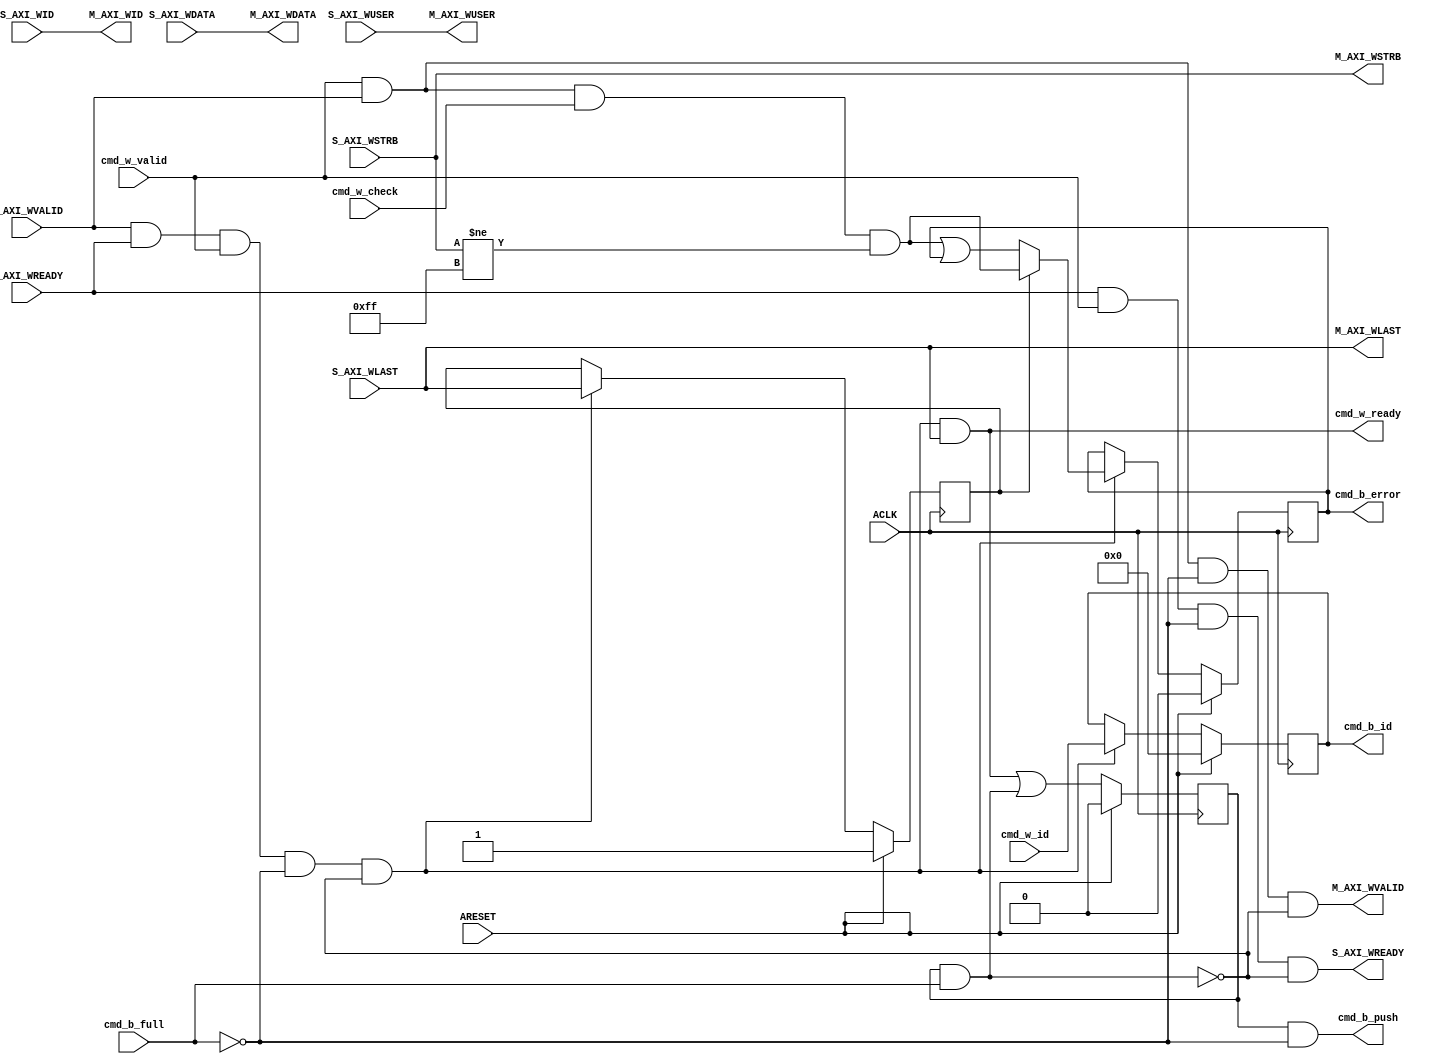
// -- (c) Copyright 2010 - 2011 Xilinx, Inc. All rights reserved.
// --
// -- This file contains confidential and proprietary information
// -- of Xilinx, Inc. and is protected under U.S. and 
// -- international copyright and other intellectual property
// -- laws.
// --
// -- DISCLAIMER
// -- This disclaimer is not a license and does not grant any
// -- rights to the materials distributed herewith. Except as
// -- otherwise provided in a valid license issued to you by
// -- Xilinx, and to the maximum extent permitted by applicable
// -- law: (1) THESE MATERIALS ARE MADE AVAILABLE "AS IS" AND
// -- WITH ALL FAULTS, AND XILINX HEREBY DISCLAIMS ALL WARRANTIES
// -- AND CONDITIONS, EXPRESS, IMPLIED, OR STATUTORY, INCLUDING
// -- BUT NOT LIMITED TO WARRANTIES OF MERCHANTABILITY, NON-
// -- INFRINGEMENT, OR FITNESS FOR ANY PARTICULAR PURPOSE; and
// -- (2) Xilinx shall not be liable (whether in contract or tort,
// -- including negligence, or under any other theory of
// -- liability) for any loss or damage of any kind or nature
// -- related to, arising under or in connection with these
// -- materials, including for any direct, or any indirect,
// -- special, incidental, or consequential loss or damage
// -- (including loss of data, profits, goodwill, or any type of
// -- loss or damage suffered as a result of any action brought
// -- by a third party) even if such damage or loss was
// -- reasonably foreseeable or Xilinx had been advised of the
// -- possibility of the same.
// --
// -- CRITICAL APPLICATIONS
// -- Xilinx products are not designed or intended to be fail-
// -- safe, or for use in any application requiring fail-safe
// -- performance, such as life-support or safety devices or
// -- systems, Class III medical devices, nuclear facilities,
// -- applications related to the deployment of airbags, or any
// -- other applications that could lead to death, personal
// -- injury, or severe property or environmental damage
// -- (individually and collectively, "Critical
// -- Applications"). Customer assumes the sole risk and
// -- liability of any use of Xilinx products in Critical
// -- Applications, subject only to applicable laws and
// -- regulations governing limitations on product liability.
// --
// -- THIS COPYRIGHT NOTICE AND DISCLAIMER MUST BE RETAINED AS
// -- PART OF THIS FILE AT ALL TIMES.
//-----------------------------------------------------------------------------
//
// Description: Write Channel for ATC
//
//
// Verilog-standard:  Verilog 2001
//--------------------------------------------------------------------------
//
// Structure:
//   w_atc
//
//--------------------------------------------------------------------------
`timescale 1ps/1ps


module processing_system7_v5_3_w_atc #
  (
   parameter         C_FAMILY                         = "rtl",
                       // FPGA Family. Current version: virtex6, spartan6 or later.
   parameter integer C_AXI_ID_WIDTH                   = 4,
                       // Width of all ID signals on SI and MI side of checker.
                       // Range: >= 1.
   parameter integer C_AXI_DATA_WIDTH                 = 64,
                       // Width of all DATA signals on SI and MI side of checker.
                       // Range: 64.
   parameter integer C_AXI_WUSER_WIDTH                = 1
                       // Width of AWUSER signals. 
                       // Range: >= 1.
   )
  (
   // Global Signals
   input  wire                                  ARESET,
   input  wire                                  ACLK,

   // Command Interface (In)
   input  wire                                  cmd_w_valid,
   input  wire                                  cmd_w_check,
   input  wire [C_AXI_ID_WIDTH-1:0]             cmd_w_id,
   output wire                                  cmd_w_ready,
   
   // Command Interface (Out)
   output wire                                  cmd_b_push,
   output wire                                  cmd_b_error,
   output reg  [C_AXI_ID_WIDTH-1:0]             cmd_b_id,
   input  wire                                  cmd_b_full,
   
   // Slave Interface Write Port
   input  wire [C_AXI_ID_WIDTH-1:0]             S_AXI_WID,
   input  wire [C_AXI_DATA_WIDTH-1:0]           S_AXI_WDATA,
   input  wire [C_AXI_DATA_WIDTH/8-1:0]         S_AXI_WSTRB,
   input  wire                                  S_AXI_WLAST,
   input  wire [C_AXI_WUSER_WIDTH-1:0]          S_AXI_WUSER,
   input  wire                                  S_AXI_WVALID,
   output wire                                  S_AXI_WREADY,

   // Master Interface Write Address Port
   output wire [C_AXI_ID_WIDTH-1:0]             M_AXI_WID,
   output wire [C_AXI_DATA_WIDTH-1:0]           M_AXI_WDATA,
   output wire [C_AXI_DATA_WIDTH/8-1:0]         M_AXI_WSTRB,
   output wire                                  M_AXI_WLAST,
   output wire [C_AXI_WUSER_WIDTH-1:0]          M_AXI_WUSER,
   output wire                                  M_AXI_WVALID,
   input  wire                                  M_AXI_WREADY
   );
  
  
  /////////////////////////////////////////////////////////////////////////////
  // Local params
  /////////////////////////////////////////////////////////////////////////////
  
  
  /////////////////////////////////////////////////////////////////////////////
  // Variables for generating parameter controlled instances.
  /////////////////////////////////////////////////////////////////////////////
  
  
  /////////////////////////////////////////////////////////////////////////////
  // Functions
  /////////////////////////////////////////////////////////////////////////////
  
  
  /////////////////////////////////////////////////////////////////////////////
  // Internal signals
  /////////////////////////////////////////////////////////////////////////////
  
  // Detecttion.
  wire                                any_strb_deasserted;
  wire                                incoming_strb_issue;
  reg                                 first_word;
  reg                                 strb_issue;
  
  // Data flow.
  wire                                data_pop;
  wire                                cmd_b_push_blocked;
  reg                                 cmd_b_push_i;
  
  
  /////////////////////////////////////////////////////////////////////////////
  // Detect error:
  //
  // Detect and accumulate error when a transaction shall be scanned for
  // potential issues.
  // Accumulation of error is restarted for each ne transaction. 
  // 
  /////////////////////////////////////////////////////////////////////////////
  
  // Check stobe information
  assign any_strb_deasserted  = ( S_AXI_WSTRB != {C_AXI_DATA_WIDTH/8{1'b1}} );
  assign incoming_strb_issue  = cmd_w_valid & S_AXI_WVALID & cmd_w_check & any_strb_deasserted;
  
  // Keep track of first word in a transaction.
  always @ (posedge ACLK) begin
    if (ARESET) begin
      first_word  <= 1'b1;
    end else if ( data_pop ) begin
      first_word  <= S_AXI_WLAST;
    end
  end
  
  // Keep track of error status.
  always @ (posedge ACLK) begin
    if (ARESET) begin
      strb_issue  <= 1'b0;
      cmd_b_id    <= {C_AXI_ID_WIDTH{1'b0}};
    end else if ( data_pop ) begin
      if ( first_word ) begin
        strb_issue  <= incoming_strb_issue;
      end else begin
        strb_issue  <= incoming_strb_issue | strb_issue;
      end
      cmd_b_id    <= cmd_w_id;
    end
  end
  
  assign cmd_b_error  = strb_issue;
  
  
  /////////////////////////////////////////////////////////////////////////////
  // Control command queue to B:
  //
  // Push command to B queue when all data for the transaction has flowed  
  // through.
  // Delay pipelined command until there is room in the Queue.
  // 
  /////////////////////////////////////////////////////////////////////////////
  
  // Detect when data is popped.
  assign data_pop   = S_AXI_WVALID & M_AXI_WREADY & cmd_w_valid & ~cmd_b_full & ~cmd_b_push_blocked; 
  
  // Push command when last word in transfered (pipelined).
  always @ (posedge ACLK) begin
    if (ARESET) begin
      cmd_b_push_i  <= 1'b0;
    end else begin
      cmd_b_push_i  <= ( S_AXI_WLAST & data_pop ) | cmd_b_push_blocked;
    end
  end
  
  // Detect if pipelined push is blocked.
  assign cmd_b_push_blocked = cmd_b_push_i & cmd_b_full;
  
  // Assign output.
  assign cmd_b_push = cmd_b_push_i & ~cmd_b_full;
  
  
  /////////////////////////////////////////////////////////////////////////////
  // Transaction Throttling:
  //
  // Stall commands if FIFO is full or there is no valid command information 
  // from AW. 
  // 
  /////////////////////////////////////////////////////////////////////////////
  
  // Propagate masked valid.
  assign M_AXI_WVALID   = S_AXI_WVALID & cmd_w_valid & ~cmd_b_full & ~cmd_b_push_blocked;
  
  // Return ready with push back.
  assign S_AXI_WREADY   = M_AXI_WREADY & cmd_w_valid & ~cmd_b_full & ~cmd_b_push_blocked;
  
  // End of burst.
  assign cmd_w_ready    = S_AXI_WVALID & M_AXI_WREADY & cmd_w_valid & ~cmd_b_full & ~cmd_b_push_blocked & S_AXI_WLAST;
  
  
  /////////////////////////////////////////////////////////////////////////////
  // Write propagation:
  //
  // All information is simply forwarded on from the SI- to MI-Side untouched.
  // 
  /////////////////////////////////////////////////////////////////////////////
  
  // 1:1 mapping.
  assign M_AXI_WID      = S_AXI_WID;
  assign M_AXI_WDATA    = S_AXI_WDATA;
  assign M_AXI_WSTRB    = S_AXI_WSTRB;
  assign M_AXI_WLAST    = S_AXI_WLAST;
  assign M_AXI_WUSER    = S_AXI_WUSER;
  
  
endmodule